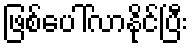
ဖြစ်ပေါ်လာနိုင်ပြီး